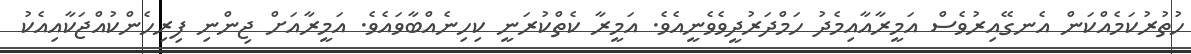
ހުތުރުކަމެއްކަން އެނގޭއިރުވެސް އަމީރާއާއިމެދު ހަމްދަރުދީވެވެނީއެވެ. އަމީރާ ކެތްކުރަނީ ކިހިނެއްބާވައެވެ. އަމީރާއަށް ޖިންނި ފިރިހެންކުއްޖަކާއިއެކު